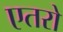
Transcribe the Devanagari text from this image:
एतरो